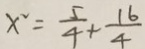
x ^ { 2 } = \frac { 5 } { 4 } + \frac { 1 6 } { 4 }